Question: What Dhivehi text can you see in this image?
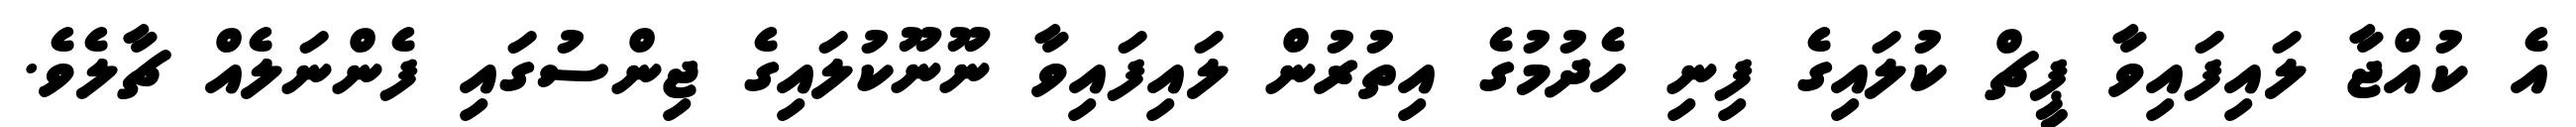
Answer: އެ ކުއްޖާ ލައިފައިވާ ޕީޗް ކުލައިގެ ފިނި ހެދުމުގެ އިތުރުން ލައިފައިވާ ނޫނޫކުލައިގެ ޖިންސުގައި ފެންނަލެއް ޗާލެވެ.